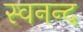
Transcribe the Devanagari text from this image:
स्वनन्द